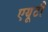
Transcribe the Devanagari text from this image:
एयूटी